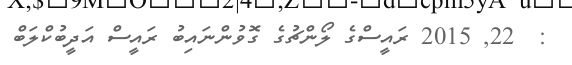
:  22